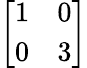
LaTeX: \left[{\begin{array}{ll}{1}&{0}\\ {0}&{3}\end{array}}\right]